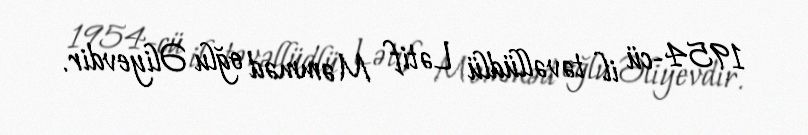
1954-cü il təvəllüdlü Lətif Məmməd oğlu Əliyevdir.